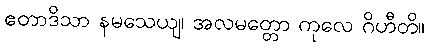
ဧတာဒိသာ နမသေယျ၊ အလမတ္တော ကုလေ ဂိဟီတိ။